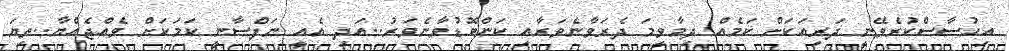
އިހުސާސްކުރެވޭނީ ދަރިއަކަށް ކަމެއް ދިމާވީމަ ދެރަވާނެވަރާއި ކަންބޮޑުވާނެވަރު..އަދި އެއީ ނަފްސާނީ ކަމަކަށް ވެއްޖެއްޔާ..ތިޔަ